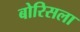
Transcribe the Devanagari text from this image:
बोरिसला